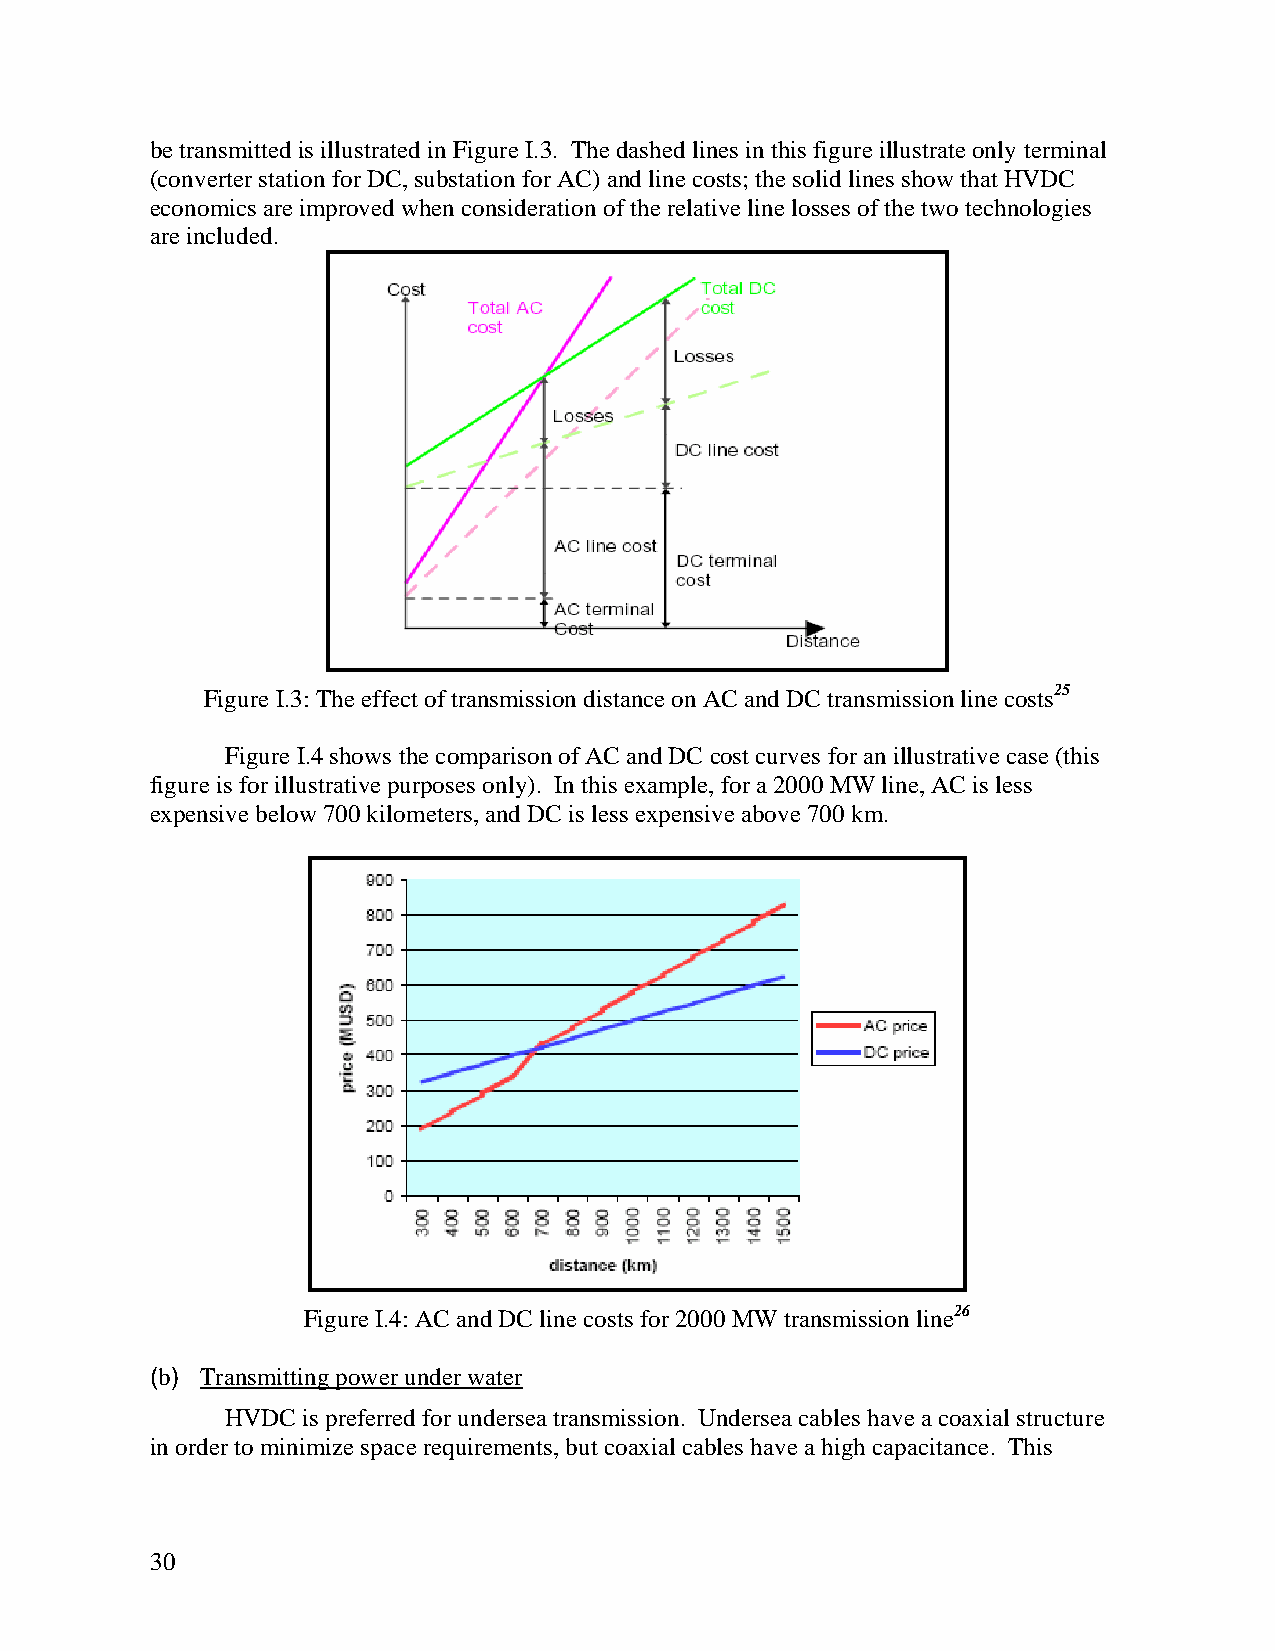
be transmitted is illustrated in Figure I.3. The dashed lines in this figure illustrate only terminal
 (converter station for DC, substation for AC) and line costs; the solid lines show that HVDC
 economics are improved when consideration of the relative line losses of the two technologies
 are included.
 Figure I.3: The effect of transmission distance on AC and DC transmission line costs25
 Figure I.4 shows the comparison of AC and DC cost curves for an illustrative case (this
 figure is for illustrative purposes only). In this example, for a 2000 MW line, AC is less
 expensive below 700 kilometers, and DC is less expensive above 700 km.
 Figure I.4: AC and DC line costs for 2000 MW transmission line26
 (b) Transmitting power under water
 HVDC is preferred for undersea transmission. Undersea cables have a coaxial structure
 in order to minimize space requirements, but coaxial cables have a high capacitance. This
 30